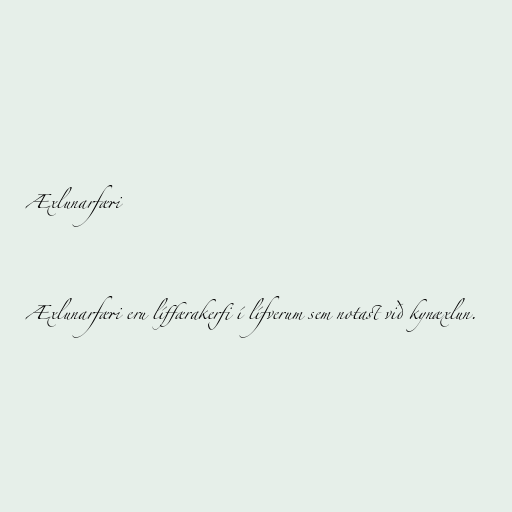
Æxlunarfæri

Æxlunarfæri eru líffærakerfi í lífverum sem notast við kynæxlun.